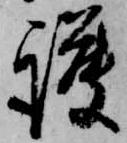
護